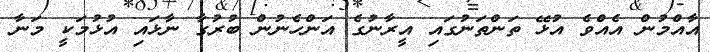
އާއްމުން އެއްވެ އުޅޭ ތަންތަނުގައި އީރާނުގެ އަންހެނުން ބުރުގާ ނާޅައި އުޅުމަކީ މަނާ